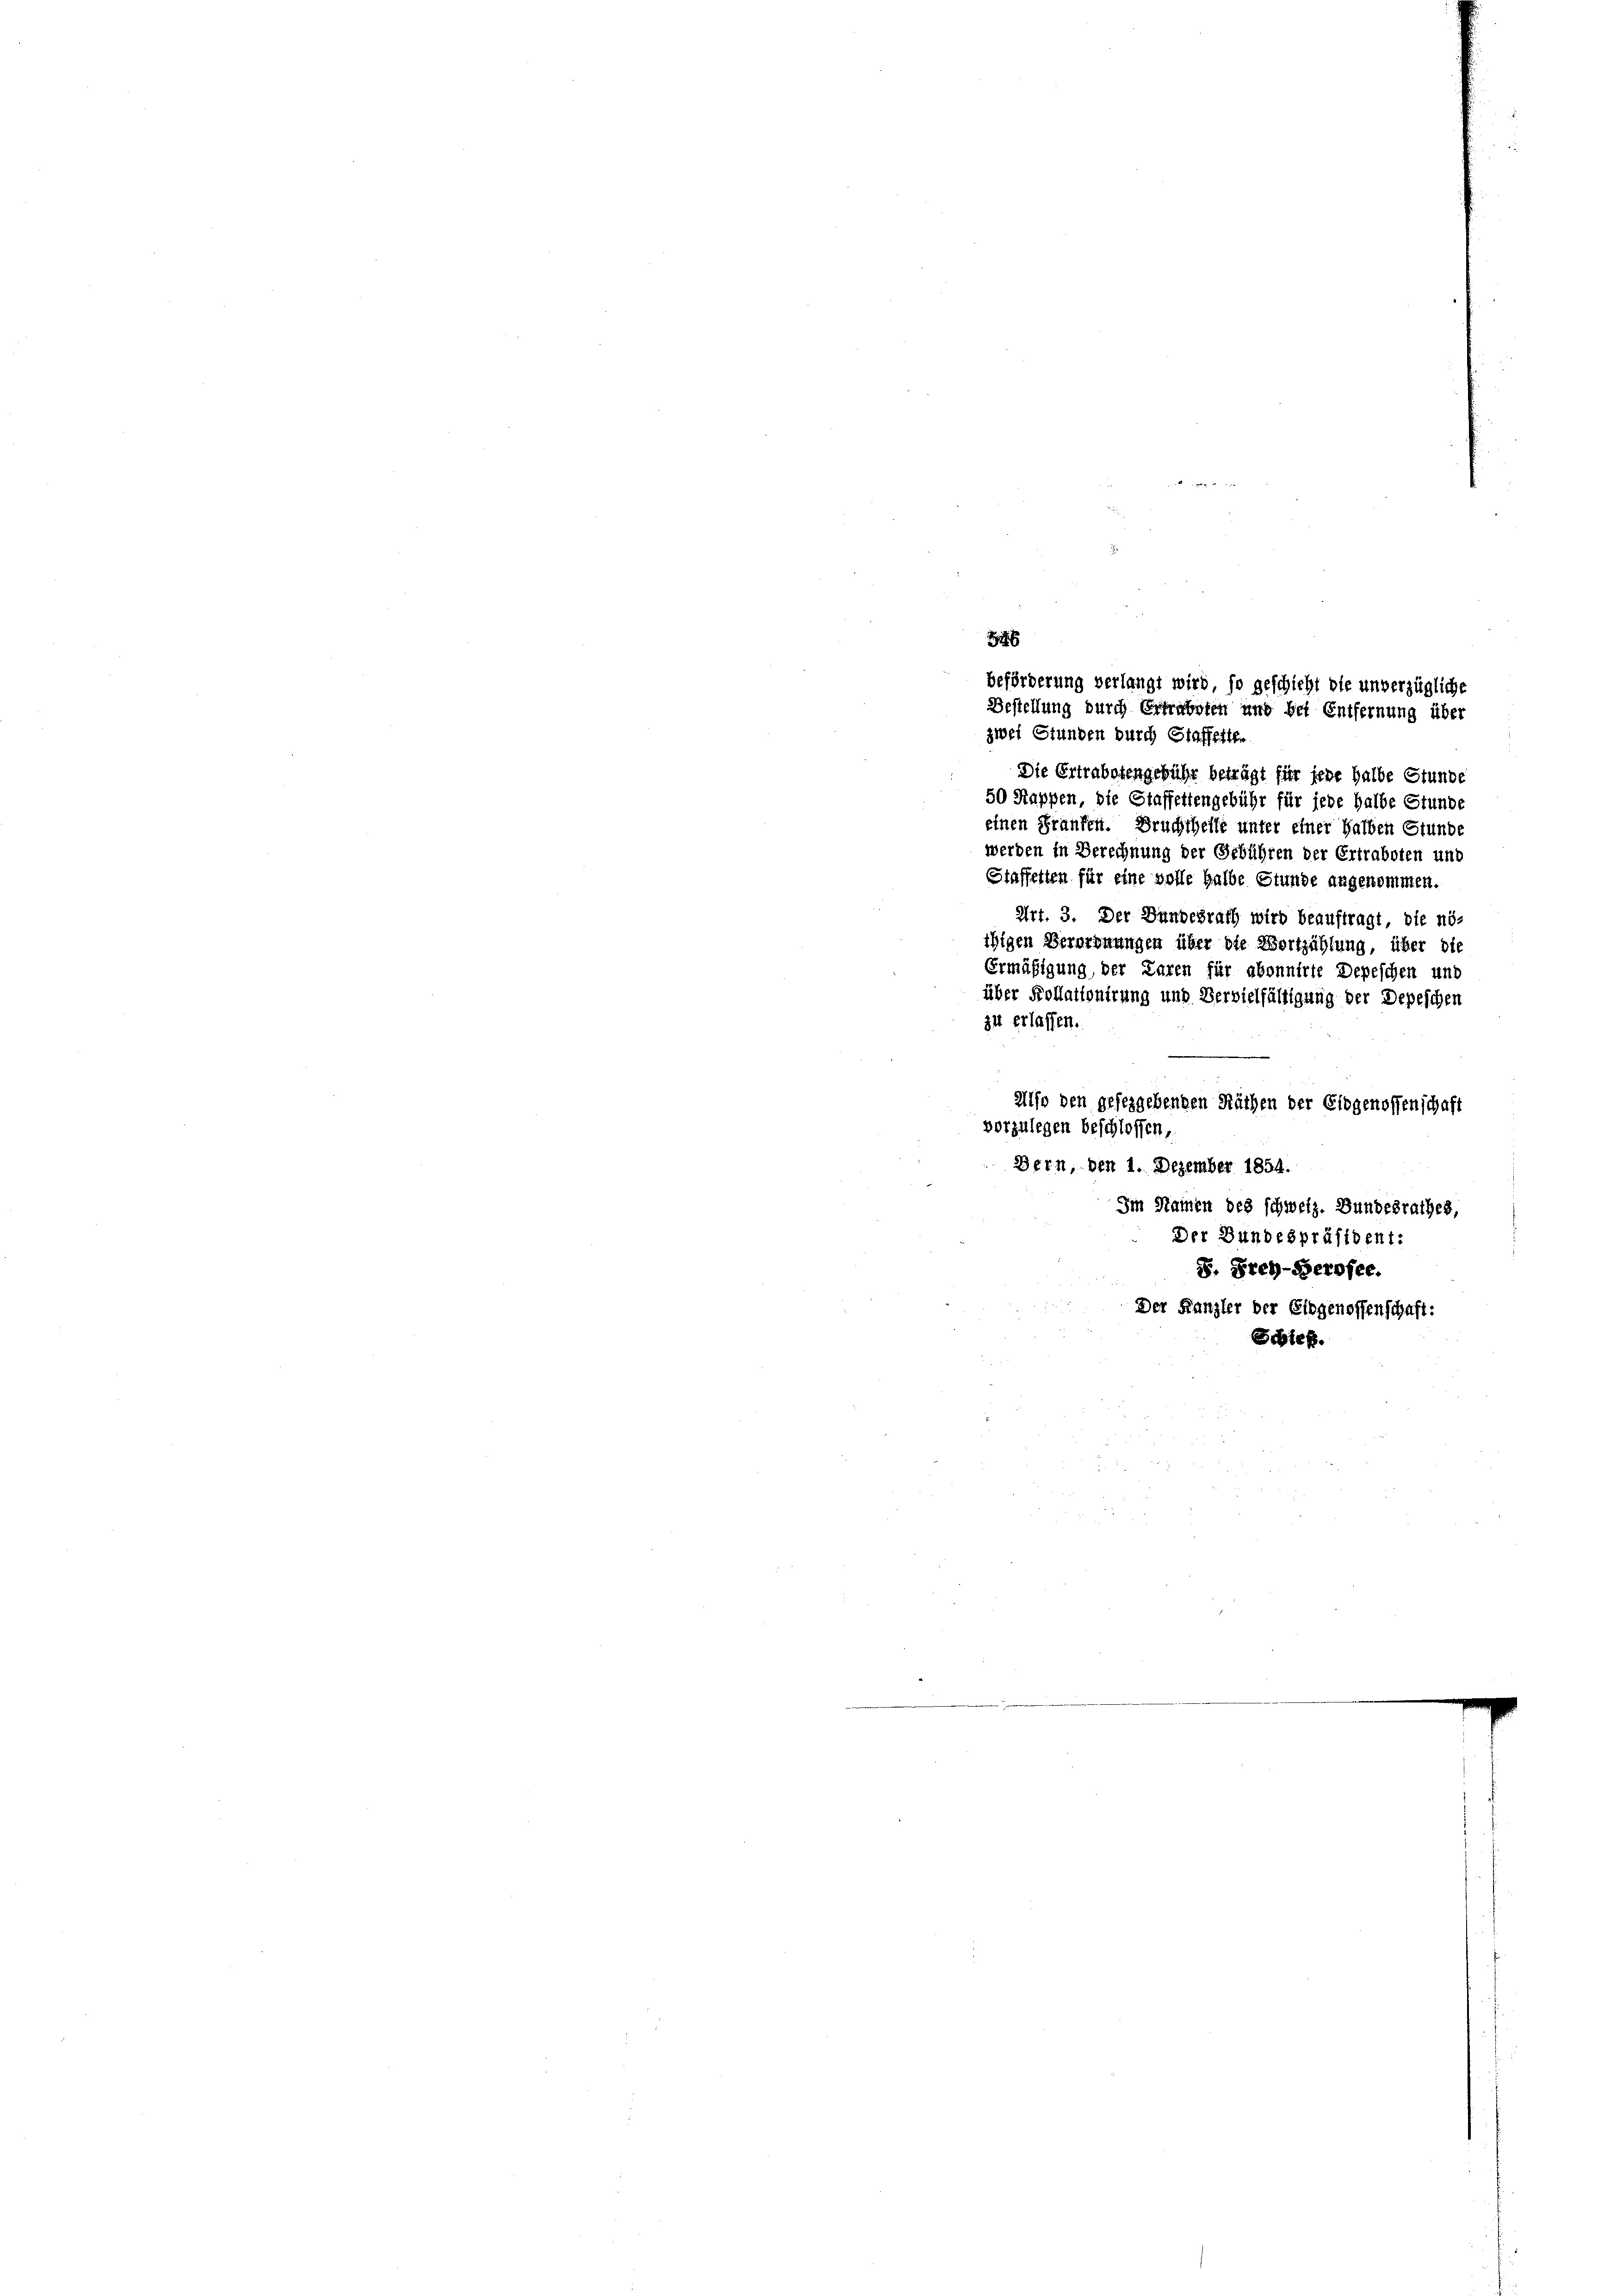
146
beförderung verlangt wird, so geschicht die unverzügliche
Bestellung durch Ertraboten und bei Entfernung über
zwei Stunden durch Staffetten

Die Ertrabotengebühr beträgt für sehe halbe Stunde
50 Kappen, die Staffettengebühr für jede halbe Stunde
einen Fraufen. Bruchtheile unter einer halben Stunde
werden in Berechnung der Erbühren der Ertraboten und
Staffetten für eine volle halbe Stunde angenommen.
Art. 3. Der Bundesrath wird beauftragt, die nö¬
Also den gefeggebenden Räthen der Eidgenossenschaft
vorzulegen beschlossen,
Bern, den 1. Dezember 1854.
Im Namen des schweiz. Bundesrathes,
Der Bundespräsident:
S. Frey-Gerofee.
Der Kanzler der Eidgenossenschaft:
Schieß.

ihigen Verordnungen über die Wortzählung, über die
Ermäßigung, der Paren für abonnirte Depeschen und
über Kollationirung und Vervielfälligung der Depeschen
zu erlassen.